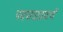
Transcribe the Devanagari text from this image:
पदपाठाप्रमाणें